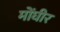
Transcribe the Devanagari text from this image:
मोंघीर